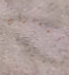
المسارات